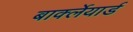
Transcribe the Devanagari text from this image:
बार्क्लेयार्ड